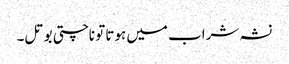
نشہ شراب میں ہوتا تو ناچتی بوتل۔